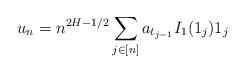
LaTeX: \begin{align*} u_n = n^{2H-1/2} \sum_{j\in[n]} a_{t_{j-1}} I_1(1_j) 1_j \end{align*}